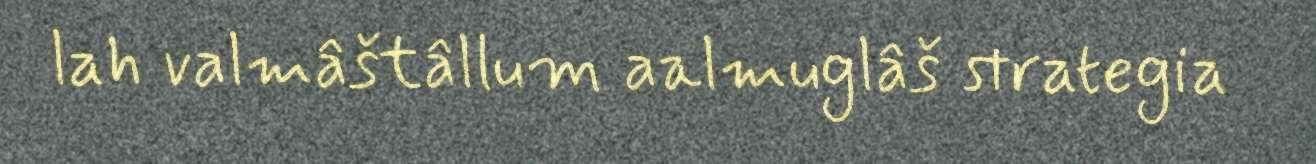
lah valmâštâllum aalmuglâš strategia